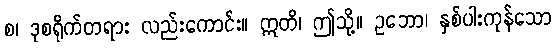
စ၊ ဒုစရိုက်တရား လည်းကောင်း။ ဣတိ၊ ဤသို့။ ဥဘော၊ နှစ်ပါးကုန်သော